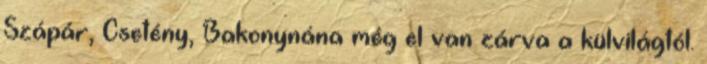
Szápár, Csetény, Bakonynána még el van zárva a külvilágtól.